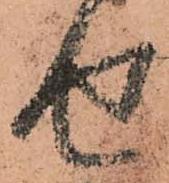
せ